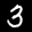
Label: 3